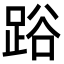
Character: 𨁖